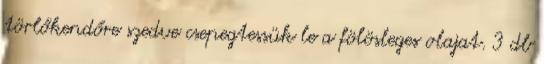
törlőkendőre szedve csepegtessük le a fölösleges olajat. 3 db